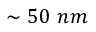
\sim 5 0 \ n m